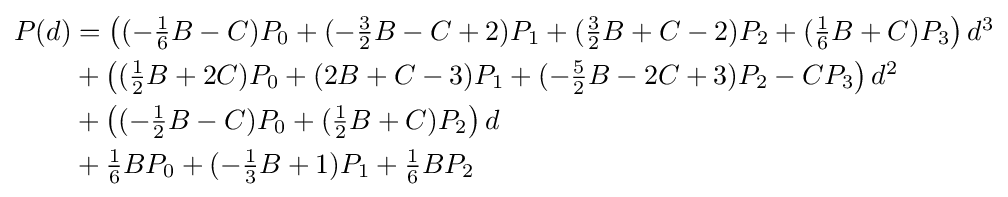
{\begin{aligned}P(d)&\textstyle =\left((-{\frac {1}{6}}B-C)P_{0}+(-{\frac {3}{2}}B-C+2)P_{1}+({\frac {3}{2}}B+C-2)P_{2}+({\frac {1}{6}}B+C)P_{3}\right)d^{3}\\&\textstyle +\left(({\frac {1}{2}}B+2C)P_{0}+(2B+C-3)P_{1}+(-{\frac {5}{2}}B-2C+3)P_{2}-CP_{3}\right)d^{2}\\&\textstyle +\left((-{\frac {1}{2}}B-C)P_{0}+({\frac {1}{2}}B+C)P_{2}\right)d\\&\textstyle +{\frac {1}{6}}BP_{0}+(-{\frac {1}{3}}B+1)P_{1}+{\frac {1}{6}}BP_{2}\\\end{aligned}}